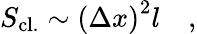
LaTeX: S_{\mathrm{cl.}}\sim\left(\Delta x\right)^{2}l\quad,